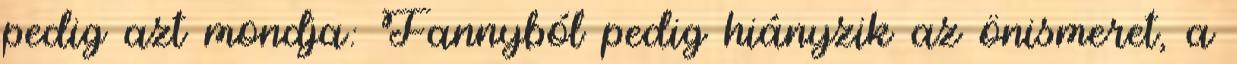
pedig azt mondja: Fannyból pedig hiányzik az önismeret, a